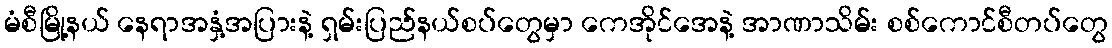
မံစီမြို့နယ် နေရာအနှံ့အပြားနဲ့ ရှမ်းပြည်နယ်စပ်တွေမှာ ကေအိုင်အေနဲ့ အာဏာသိမ်း စစ်ကောင်စီတပ်တွေ